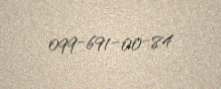
099-691-00-84